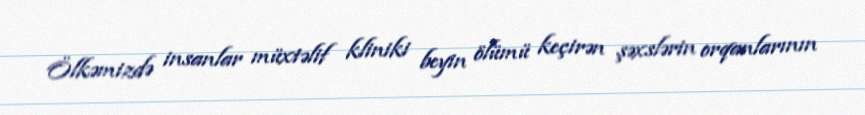
Ölkəmizdə insanlar müxtəlif kliniki beyin ölümü keçirən şəxslərin orqanlarının